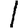
Digit: 1